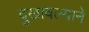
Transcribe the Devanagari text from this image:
दुखावल्याने